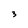
Character: 3